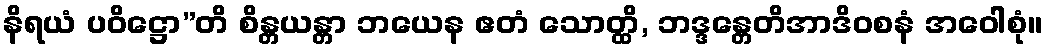
နိရယံ ပဝိဋ္ဌော”တိ စိန္တယန္တာ ဘယေန ဧတံ သောတ္ထိ, ဘဒ္ဒန္တေတိအာဒိဝစနံ အဝေါစုံ။